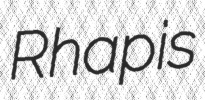
Rhapis